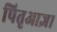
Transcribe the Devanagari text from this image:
पितृआज्ञा